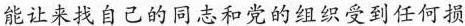
能让来找自己的同志和党的组织受到任何损